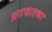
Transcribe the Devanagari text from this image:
अराफातच्या